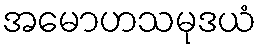
အမောဟသမုဒယံ